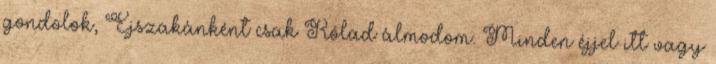
gondolok, Éjszakánként csak Rólad álmodom. Minden éjjel itt vagy